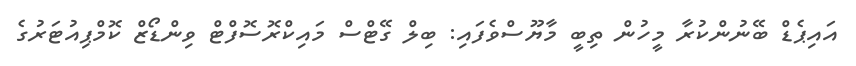
އައިޕެޑް ބޭނުންކުރާ މީހުން ތިބީ މާޔޫސްވެފައި: ބިލް ގޭޓްސް މައިކްރޮސޮފްޓް ވިންޑޯޒް ކޮމްޕިއުޓަރުގެ